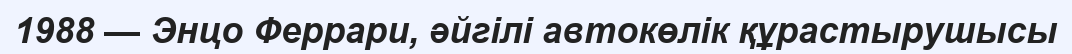
1988 — Энцо Феррари, әйгілі автокөлік құрастырушысы